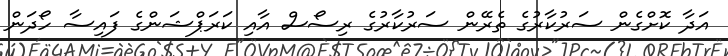
އަދާ ކޮށްގެން ސަރުކާރުގެ ތެރޭން ސަރުކާރުގެ ރިސޯސް އާއި ކަރަޕްޝަންގެ ފައިސާ ހޯދަން